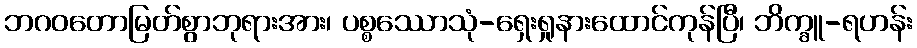
ဘဂဝတောမြတ်စွာဘုရားအား၊ ပစ္စဿောသုံ-ရှေးရှုနားထောင်ကုန်ပြီ၊ ဘိက္ခူ-ရဟန်း